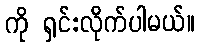
ကို ရှင်းလိုက်ပါမယ်။